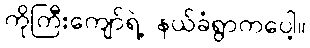
ကိုကြီးကျော်ရဲ့ နယ်ခံရွာကပေါ့။